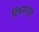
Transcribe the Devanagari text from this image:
विषयांतून